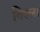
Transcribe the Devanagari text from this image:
विल्‍ला